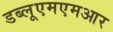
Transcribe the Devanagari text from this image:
डब्लूएमएमआर